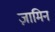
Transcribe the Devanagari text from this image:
ज़ामिन